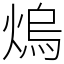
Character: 熓